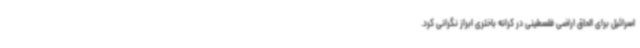
اسرائیل برای الحاق اراضی فلسطینی در کرانه باختری ابراز نگرانی کرد.